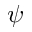
\psi